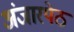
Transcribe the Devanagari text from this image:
अंजारपेठ